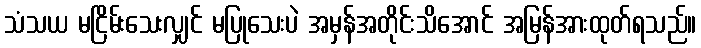
သံသယ မငြိမ်းသေးလျှင် မပြုသေးပဲ အမှန်အတိုင်းသိအောင် အမြန်အားထုတ်ရသည်။